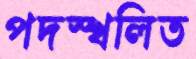
পদস্খলিত